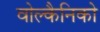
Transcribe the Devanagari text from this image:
वोल्कैनिको